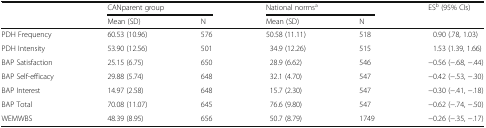
<table><thead><tr><td rowspan="2"></td><td colspan="2"><b>CANparent group</b></td><td colspan="2"><b>National norms<sup>a</sup></b></td><td rowspan="2"><b>ES<sup>b</sup> (95% CIs)</b></td></tr><tr><td><b>Mean (SD)</b></td><td><b>N</b></td><td><b>Mean (SD)</b></td><td><b>N</b></td></tr></thead><tbody><tr><td>PDH Frequency</td><td>60.53 (10.96)</td><td>576</td><td>50.58 (11.11)</td><td>518</td><td>0.90 (.78, 1.03)</td></tr><tr><td>PDH Intensity</td><td>53.90 (12.56)</td><td>501</td><td>34.9 (12.26)</td><td>515</td><td>1.53 (1.39, 1.66)</td></tr><tr><td>BAP Satisfaction</td><td>25.15 (6.75)</td><td>650</td><td>28.9 (6.62)</td><td>546</td><td>−0.56 (−.68, −.44)</td></tr><tr><td>BAP Self-efficacy</td><td>29.88 (5.74)</td><td>648</td><td>32.1 (4.70)</td><td>547</td><td>−0.42 (−.53, −.30)</td></tr><tr><td>BAP Interest</td><td>14.97 (2.58)</td><td>648</td><td>15.7 (2.30)</td><td>547</td><td>−0.30 (−.41, −.18)</td></tr><tr><td>BAP Total</td><td>70.08 (11.07)</td><td>645</td><td>76.6 (9.80)</td><td>547</td><td>−0.62 (−.74, −.50)</td></tr><tr><td>WEMWBS</td><td>48.39 (8.95)</td><td>656</td><td>50.7 (8.79)</td><td>1749</td><td>−0.26 (−.35, −.17)</td></tr></tbody></table>